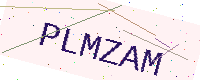
Text: PLMZAM